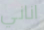
اناني